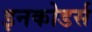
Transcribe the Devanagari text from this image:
इनकोडर्स